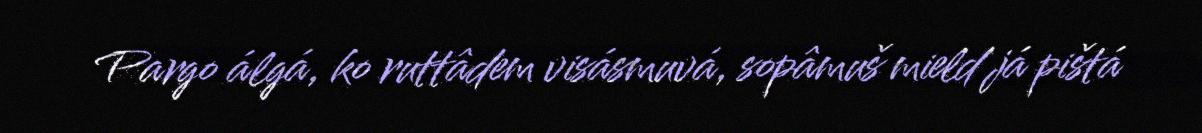
Pargo álgá, ko ruttâdem visásmuvá, sopâmuš mield já pištá